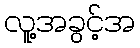
လူ့အခွင့်အ